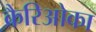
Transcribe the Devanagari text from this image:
कैरिओका